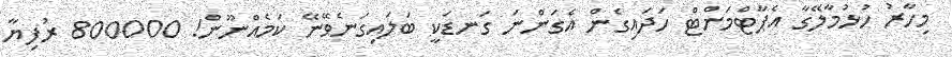
މިހާރު ހުޅުމާލޭގާ އެޕާޓްމަންޓް ހަދައިގެން އެގަންނަ ގަނޑަކީ ބަލައިގަނެވޭނޭ ކަމެއްނޫން! 800000 ރުފިޔާ